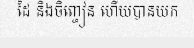
ដៃ និងចិញ្ចៀន ហើយបានយក